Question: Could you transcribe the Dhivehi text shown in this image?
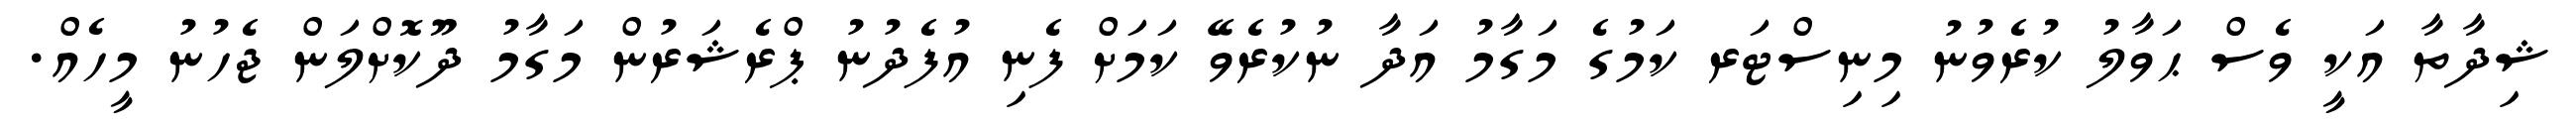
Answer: ޝިދާތާ އަކީ ވެސް ޙަވާލު ކުރެވުނު މިނިސްޓަރ ކަމުގެ މަގާމު އަދާ ނުކުރެވޭ ކަމަށް ފެނި އުފެދުނު ޕްރެޝަރުން މަގާމު ދޫކޮށްލަން ޖެހުނު މީހެއް.